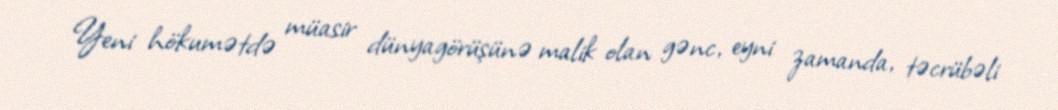
Yeni hökumətdə müasir dünyagörüşünə malik olan gənc, eyni zamanda, təcrübəli